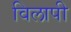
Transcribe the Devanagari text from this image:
विलापी